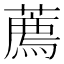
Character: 薦